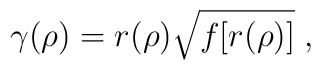
\gamma (\rho) = r (\rho) \sqrt{f[r(\rho)]} \;,